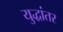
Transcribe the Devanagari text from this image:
युद्धांतर